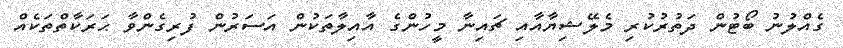
ގެއްލުނު ބޯޓުން ދަތުރުކުރި މެލޭޝިޔާއާއި ޗައިނާ މީހުންގެ އާއިލާތަކުން އަސަރުން ފުރިގެންވާ ޙަރަކާތްތަކެއް